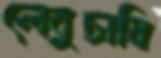
লেবুচাষি